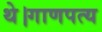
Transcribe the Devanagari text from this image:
थे।गाणपत्य